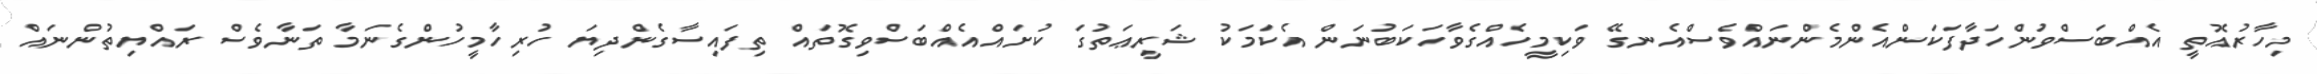
މިހާރުއޮތީ އެއްބަސްވުންހަދާފަކަންއެންމެންނައްވެސްއެނގޭ ވަކިމީހެއްގެވާހަކަބުނަން އެކަމަކު ޝަރީޢަތުގަ ކުށައްއެއްބަސްވިގޮތައް ތިފައިސާގެންދިޔަ ހުރިހާމީހުންގެނަމާ ތަނާވެސް ރައްޔިތުންނައް